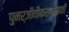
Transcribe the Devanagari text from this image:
पुनर्जीवीकरणासाठी